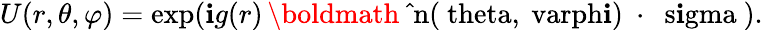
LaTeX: U(r,\theta,\varphi)=\exp(\mathbf{i}g(r)\, \mathrm{{\boldmath~\hat{{~}}n(\ theta,\ varph\mathbf{i})~\cdot~\ s\mathbf{i}gma~}}).